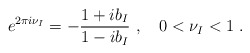
\begin{align*}e^{2\pi i \nu_{I}}=-\frac{1+ib_{I}}{1-ib_{I}}~,\quad 0< \nu_{I} < 1~.\end{align*}